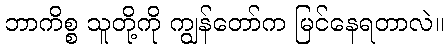
ဘာကိစ္စ သူတို့ကို ကျွန်တော်က မြင်နေရတာလဲ။